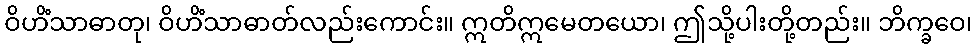
ဝိဟိံသာဓာတု၊ ဝိဟိံသာဓာတ်လည်းကောင်း။ ဣတိဣမေတယော၊ ဤသို့ပါးတို့တည်း။ ဘိက္ခဝေ၊